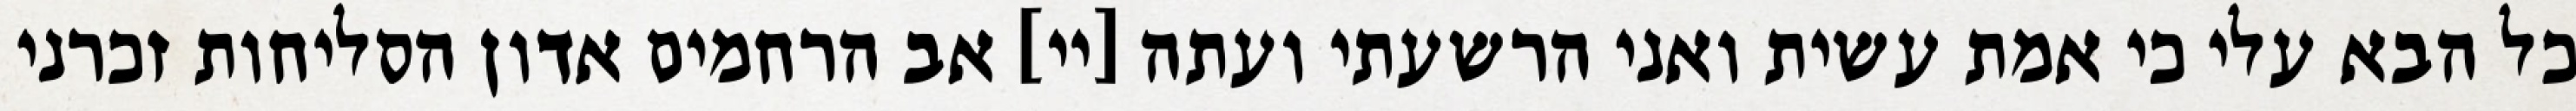
כל הבא עלי כי אמת עשית ואני הרשעתי ועתה [יי] אב הרחמים אדון הסליחות זכרני